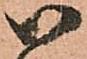
御